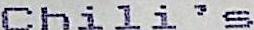
CHILI ' S